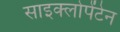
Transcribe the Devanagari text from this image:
साइक्लोपेंटेन